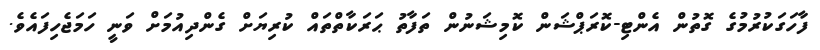
ފާހަގަކުރުމުގެ ގޮތުން އެންޓި-ކޮރަޕްޝަން ކޮމިޝަނުން ތަފާތު ޙަރަކާތްތައް ކުރިޔަށް ގެންދިއުމަށް ވަނީ ހަމަޖެހިފައެވެ.